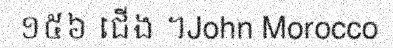
១៥៦ ជើង ។John Morocco